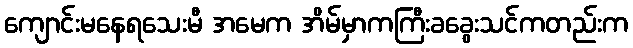
ကျောင်းမနေရသေးမီ အမေက အိမ်မှာကကြီးခခွေးသင်ကတည်းက